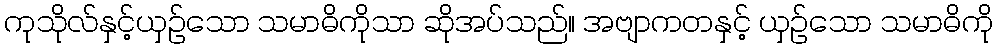
ကုသိုလ်နှင့်ယှဉ်သော သမာဓိကိုသာ ဆိုအပ်သည်။ အဗျာကတနှင့် ယှဉ်သော သမာဓိကို